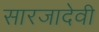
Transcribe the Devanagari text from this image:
सारजादेवी